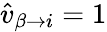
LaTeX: \hat{v}_{\beta\to i}=1